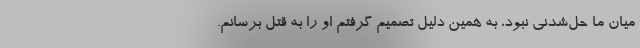
میان ما حل‌شدنی نبود، به همین دلیل تصمیم گرفتم او را به قتل برسانم.